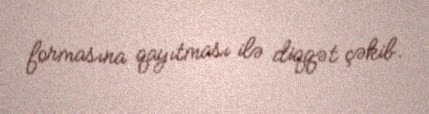
formasına qayıtması ilə diqqət çəkib.